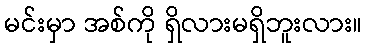
မင်းမှာ အစ်ကို ရှိလားမရှိဘူးလား။